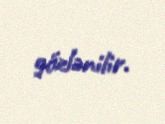
gözlənilir.